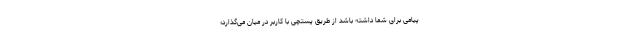
پیامی برای شما داشته باشد از طریق پستچی با کاربر در میان می‌گذارد؛